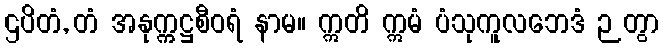
ဌပိတံ, တံ အနုက္ကဋ္ဌစီဝရံ နာမ။ ဣတိ ဣမံ ပံသုကူလဘေဒံ ဉတွာ